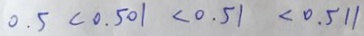
0 . 5 < 0 . 5 0 1 < 0 . 5 1 < 0 . 5 1 1